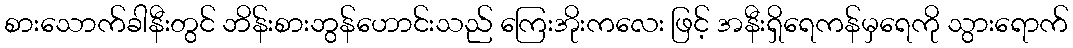
စားသောက်ခါနီးတွင် ဘိန်းစားဘွန်ဟောင်းသည် ကြေးအိုးကလေး ဖြင့် အနီးရှိရေကန်မှရေကို သွားရောက်